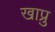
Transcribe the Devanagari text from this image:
खाप्रु